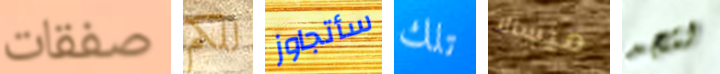
صفقات للكم سأتجاوز تلك ميسالا لتجد